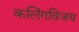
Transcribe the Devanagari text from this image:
कलिंगविजय